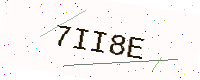
Text: 7II8E